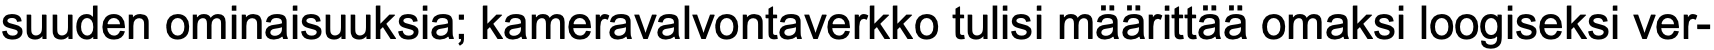
suuden ominaisuuksia; kameravalvontaverkko tulisi määrittää omaksi loogiseksi ver-